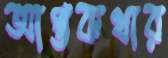
আপ্তকথার